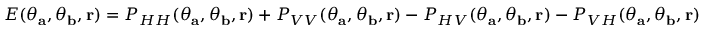
E ( \theta _ { \mathbf { a } } , \theta _ { \mathbf { b } } , { \bf r } ) = P _ { H H } ( \theta _ { \mathbf { a } } , \theta _ { \mathbf { b } } , { \bf r } ) + P _ { V V } ( \theta _ { \mathbf { a } } , \theta _ { \mathbf { b } } , { \bf r } ) - P _ { H V } ( \theta _ { \mathbf { a } } , \theta _ { \mathbf { b } } , { \bf r } ) - P _ { V H } ( \theta _ { \mathbf { a } } , \theta _ { \mathbf { b } } , { \bf r } )